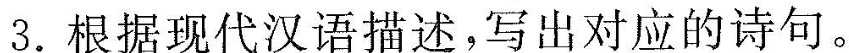
3.根据现代汉语消述，写出对应的诗句。(